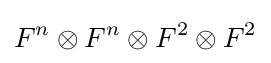
F^{n}\otimes F^{n}\otimes F^{2}\otimes F^{2}